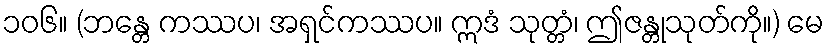
၁၀၆။ (ဘန္တေ ကဿပ၊ အရှင်ကဿပ။ ဣဒံ သုတ္တံ၊ ဤဇန္တုသုတ်ကို။) မေ